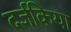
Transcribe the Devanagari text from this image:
दर्जकिया